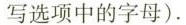
写选项中的字母).